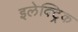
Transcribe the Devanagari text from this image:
इलेक्ट्रिक